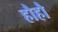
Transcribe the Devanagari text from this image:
हौहौ